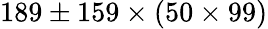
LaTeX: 189\pm 159\times(50\times 99)